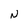
Character: N